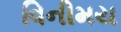
વિનીમય